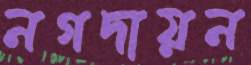
নগদায়ন